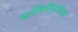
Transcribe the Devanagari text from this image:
ऋद्धिसिद्धीच्या